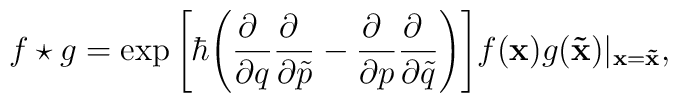
f\star g = \exp \Bigg[ \hbar\Bigg(\frac{\partial~}{\partial q}\frac{\partial~}{\partial\tilde p}-\frac{\partial~}{\partial p}\frac{\partial~}{\partial\tilde q}\Bigg)\Bigg] f({\bf x}) g({\bf \tilde x}) \vert_{{\bf x} = {\bf\tilde x}},